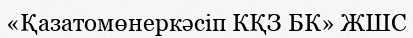
«Қазатомөнеркәсіп КҚЗ БК» ЖШС